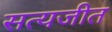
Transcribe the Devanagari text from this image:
सत्‍यजीत